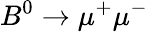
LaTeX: B^{0}\rightarrow\mu^{+}\mu^{-}